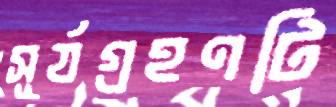
সূর্যগ্রহণটি